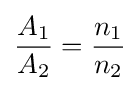
{\frac {A_{1}}{A_{2}}}={\frac {n_{1}}{n_{2}}}